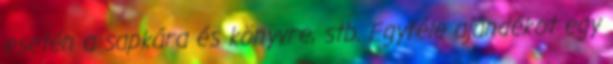
esetén a sapkára és könyvre, stb. Egyféle ajándékot egy